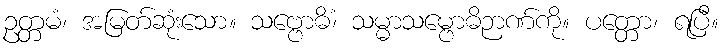
ဥတ္တမံ၊ အမြတ်ဆုံးသော။ သဗ္ဗောဓိံ၊ သမ္မာသမ္ဗောဓိဉာဏ်ကို။ ပတ္တော၊ ရပြီ။